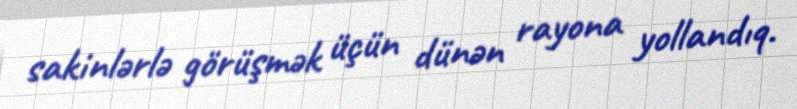
sakinlərlə görüşmək üçün dünən rayona yollandıq.